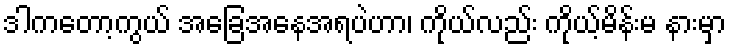
ဒါကတော့ကွယ် အခြေအနေအရပဲဟာ၊ ကိုယ်လည်း ကိုယ့်မိန်းမ နားမှာ